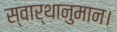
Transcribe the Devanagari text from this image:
स्वार्थानुमान।